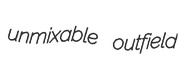
unmixable outfield